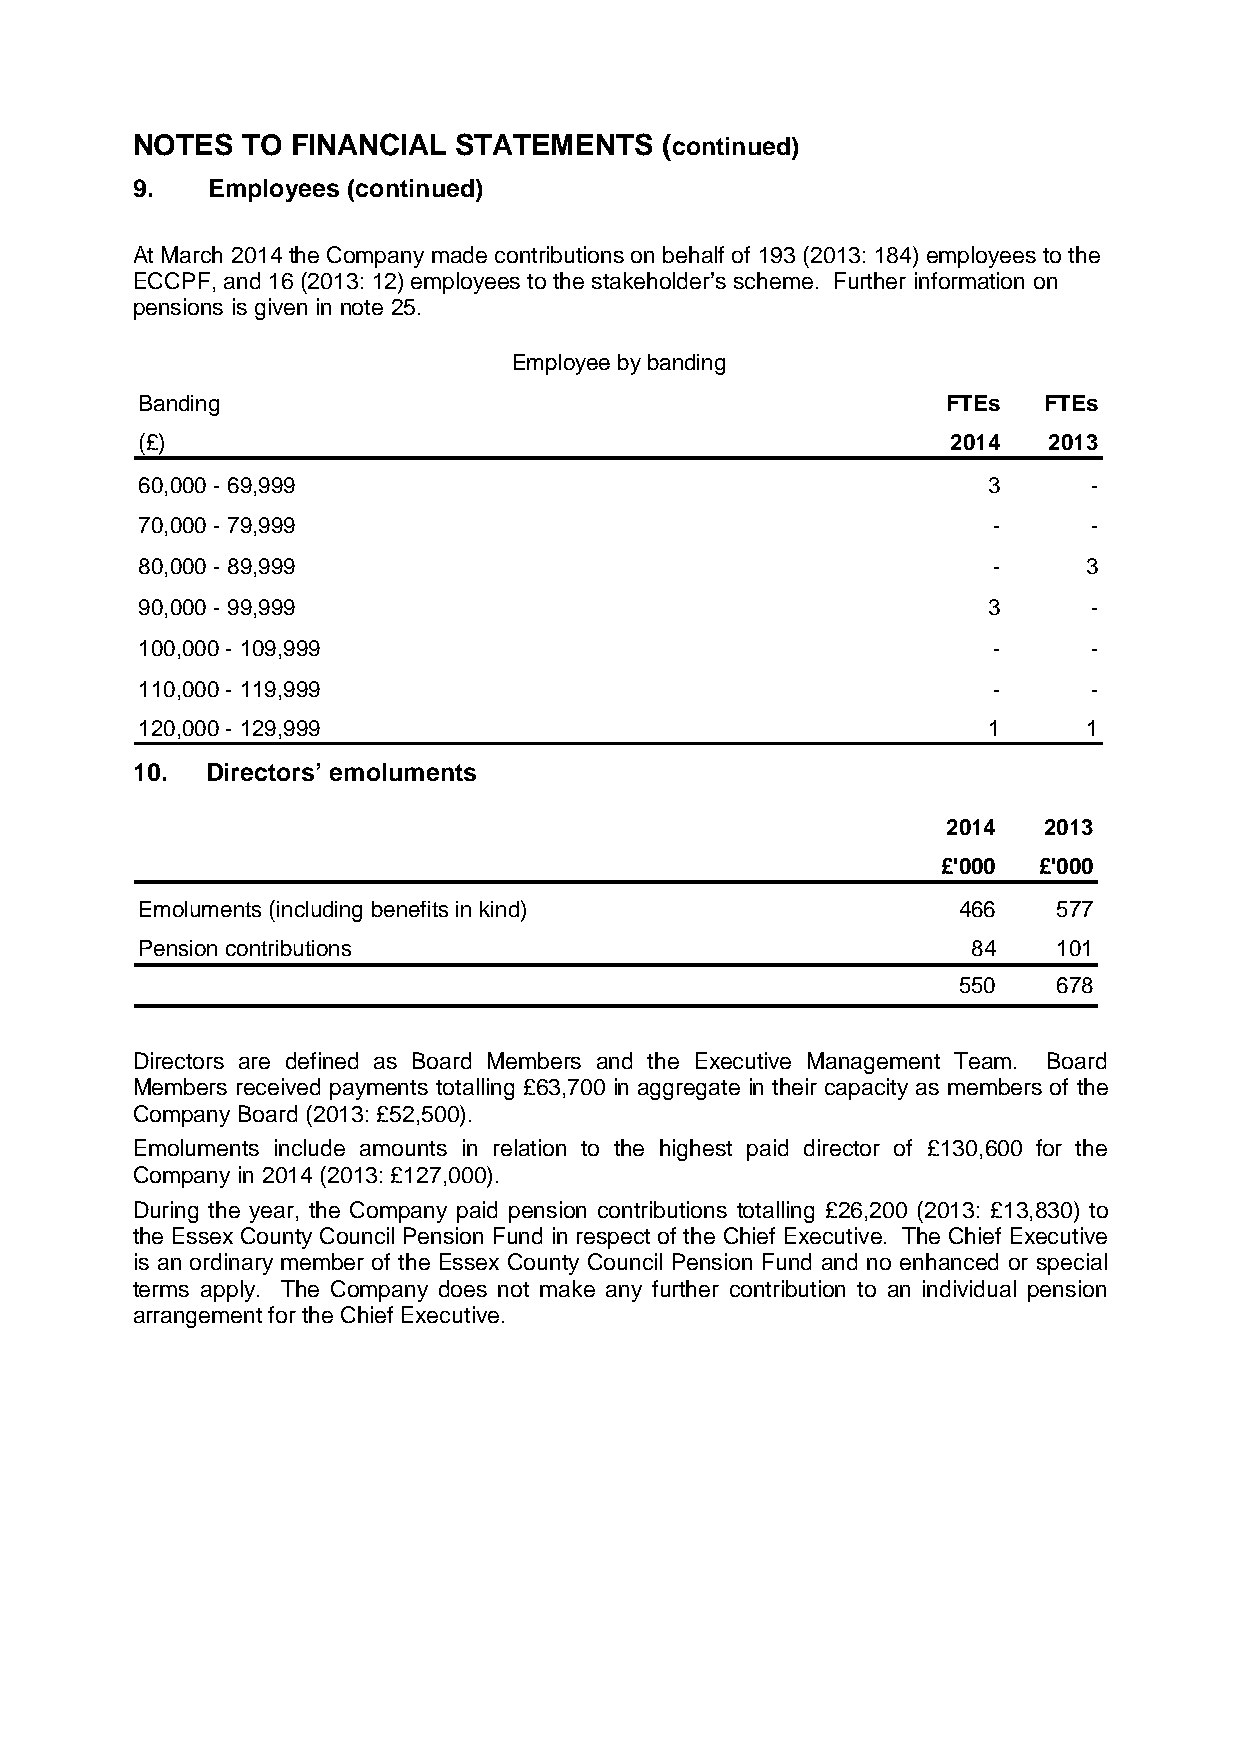
NOTES  TO FINANCIAL  STATEMENTS    (continued)
 9.   Employees (continued)
 At March 2014 the Company made contributions on behalf of 193 (2013: 184) employees to the
 ECCPF, and 16 (2013: 12) employees to the stakeholder’s scheme. Further information on
 pensions is given in note 25.
 Employee by banding
 Banding                                               FTEs  FTEs
 (£)                                                   2014  2013
 60,000 - 69,999                                         3      -
 70,000 - 79,999                                          -     -
 80,000 - 89,999                                          -     3
 90,000 - 99,999                                         3      -
 100,000 - 109,999                                        -     -
 110,000 - 119,999                                        -     -
 120,000 - 129,999                                       1      1
 10.  Directors’ emoluments
 2014  2013
 £'000  £'000
 Emoluments (including benefits in kind)               466    577
 Pension contributions                                  84    101
 550    678
 Directors are defined as Board Members and the Executive Management Team. Board
 Members received payments totalling £63,700 in aggregate in their capacity as members of the
 Company Board (2013: £52,500).
 Emoluments include amounts in relation to the highest paid director of £130,600 for the
 Company in 2014 (2013: £127,000).
 During the year, the Company paid pension contributions totalling £26,200 (2013: £13,830) to
 the Essex County Council Pension Fund in respect of the Chief Executive. The Chief Executive
 is an ordinary member of the Essex County Council Pension Fund and no enhanced or special
 terms apply. The Company does not make any further contribution to an individual pension
 arrangement for the Chief Executive.